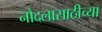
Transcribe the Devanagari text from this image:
नौदलासाठीच्या